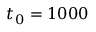
t _ { 0 } = 1 0 0 0